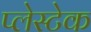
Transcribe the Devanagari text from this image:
प्लेस्टेक